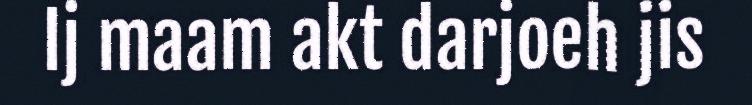
Ij maam akt darjoeh jis